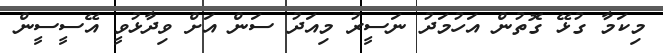
މިކަމާ ގުޅޭ ގޮތުން އަހުމަދު ނަސީރު މިއަދު ސަން އަށް ވިދާޅުވީ އޭސީސީން